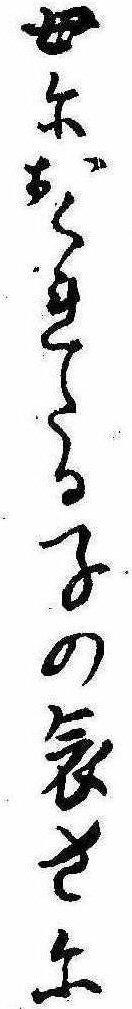
母におくれたる子の哀さに